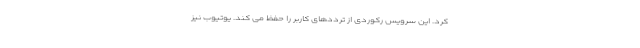
کرد. این سرویس رکوردی از ترددهای کاربر را حفظ می کند. یوتیوب نیز